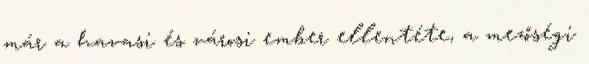
már a havasi és városi ember ellentéte, a mezőségi